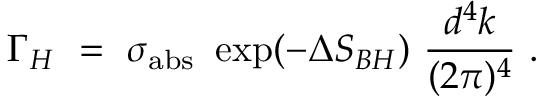
\Gamma _ { H } ~ = ~ \sigma _ { \mathrm { a b s } } ~ \exp ( - \Delta S _ { B H } ) ~ \frac { d ^ { 4 } k } { ( 2 \pi ) ^ { 4 } } ~ .